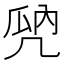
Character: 𠙙